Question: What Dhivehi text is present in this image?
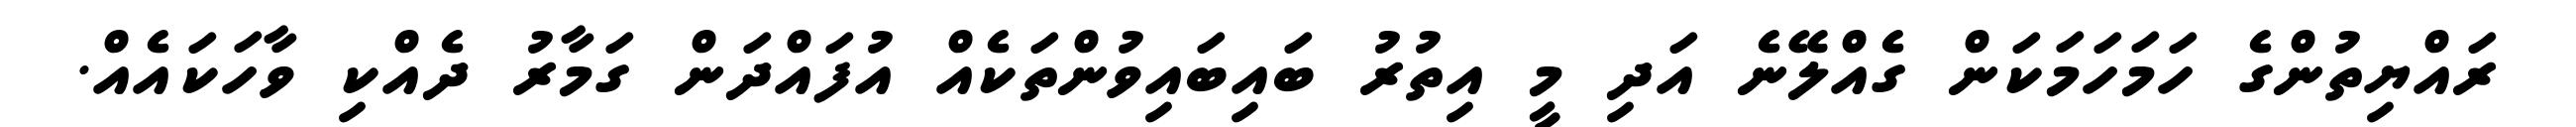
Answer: ރައްޔިތުންގެ ހަމަހަމަކަން ގެއްލޭނެ އަދި މީ އިތުރު ބައިބައިވުންތަކެއް އުފައްދަން ގަމާރު ދެއްކި ވާހަކައެއް.